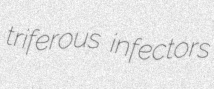
triferous infectors